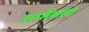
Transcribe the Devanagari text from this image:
रामोसला